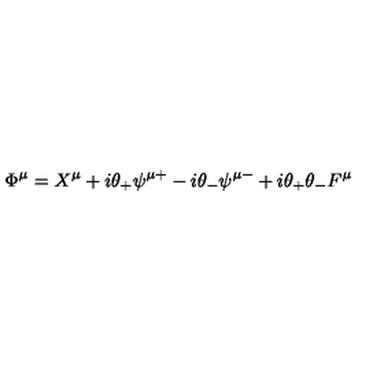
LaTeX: \Phi ^ { \mu } = X ^ { \mu } + i \theta _ { + } \psi ^ { \mu + } - i \theta _ { - } \psi ^ { \mu - } + i \theta _ { + } \theta _ { - } F ^ { \mu }